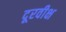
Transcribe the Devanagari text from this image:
दूरवीक्ष